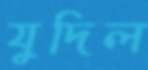
যুদিল